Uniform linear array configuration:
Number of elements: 48
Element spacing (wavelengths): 0.25
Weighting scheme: uniform
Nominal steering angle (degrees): -30
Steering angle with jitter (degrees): -29.273
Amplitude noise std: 0.05
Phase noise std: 0.05

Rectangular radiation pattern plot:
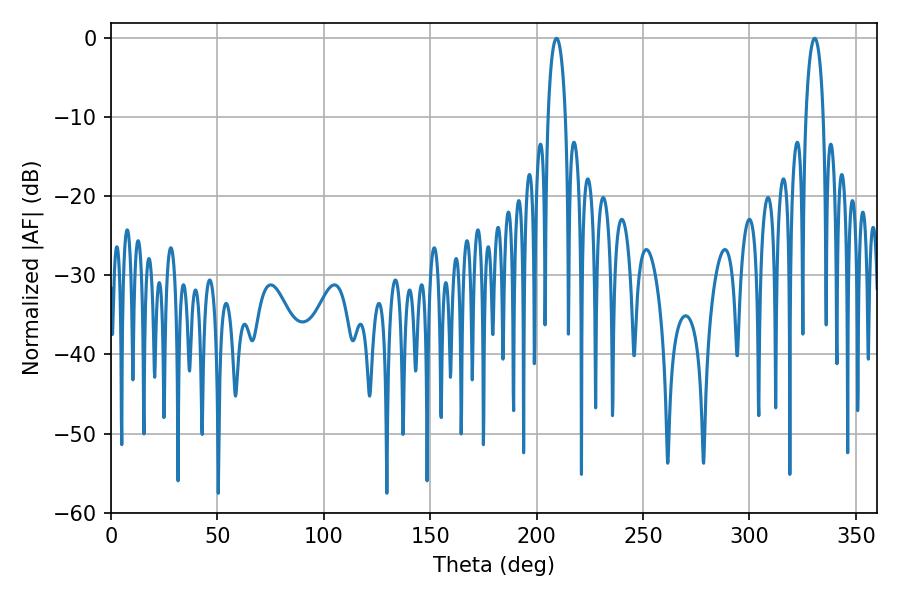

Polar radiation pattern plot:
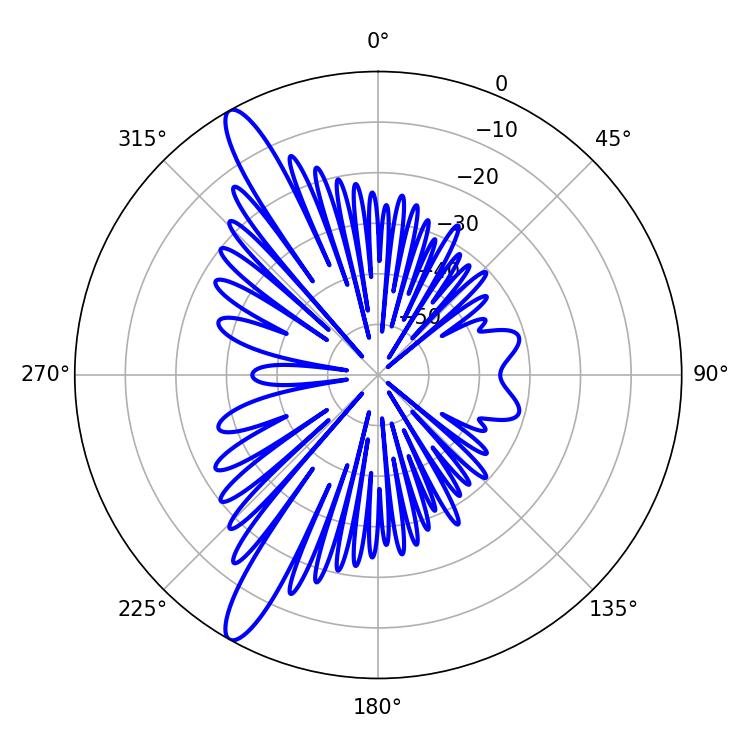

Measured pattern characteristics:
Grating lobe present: FALSE
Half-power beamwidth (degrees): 4.68
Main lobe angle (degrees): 209.34